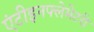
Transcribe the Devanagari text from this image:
एंटीइनफ्लेमेटरी